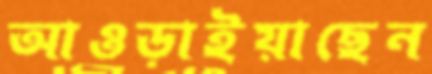
আওড়াইয়াছেন